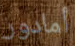
أمادور